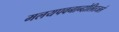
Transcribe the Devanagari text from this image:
मलयपवनान्दोलितजले